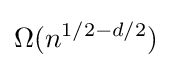
\Omega (n^{1/2-d/2})